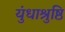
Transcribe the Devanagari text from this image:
युंधाश्रुष्ठि